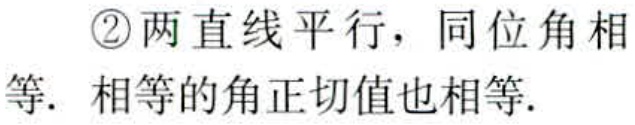
\textcircled{2}两直线平行，同位角相等. 相等的角正切值也相等.